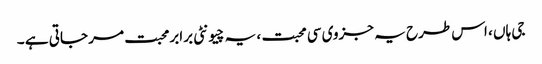
جی ہاں ، اس طرح یہ جزوی سی محبت ، یہ چیونٹی برابرمحبت مر جاتی ہے ۔